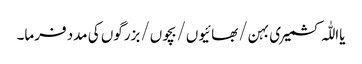
یااللّٰہ کشمیری بہن/بھائیوں/بچوں/بزرگوں کی مدد فرما۔